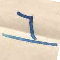
٦